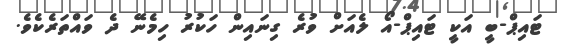
ޓައިޕް-ބީ އަކީ ޓައިޕް-އޯ ލެއަށް ވުރެ ގިނައިން ހަކުރު ހިމެނޭ ދެ ވައްތަރެކެވެ.